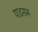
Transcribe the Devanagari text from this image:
पाइसम